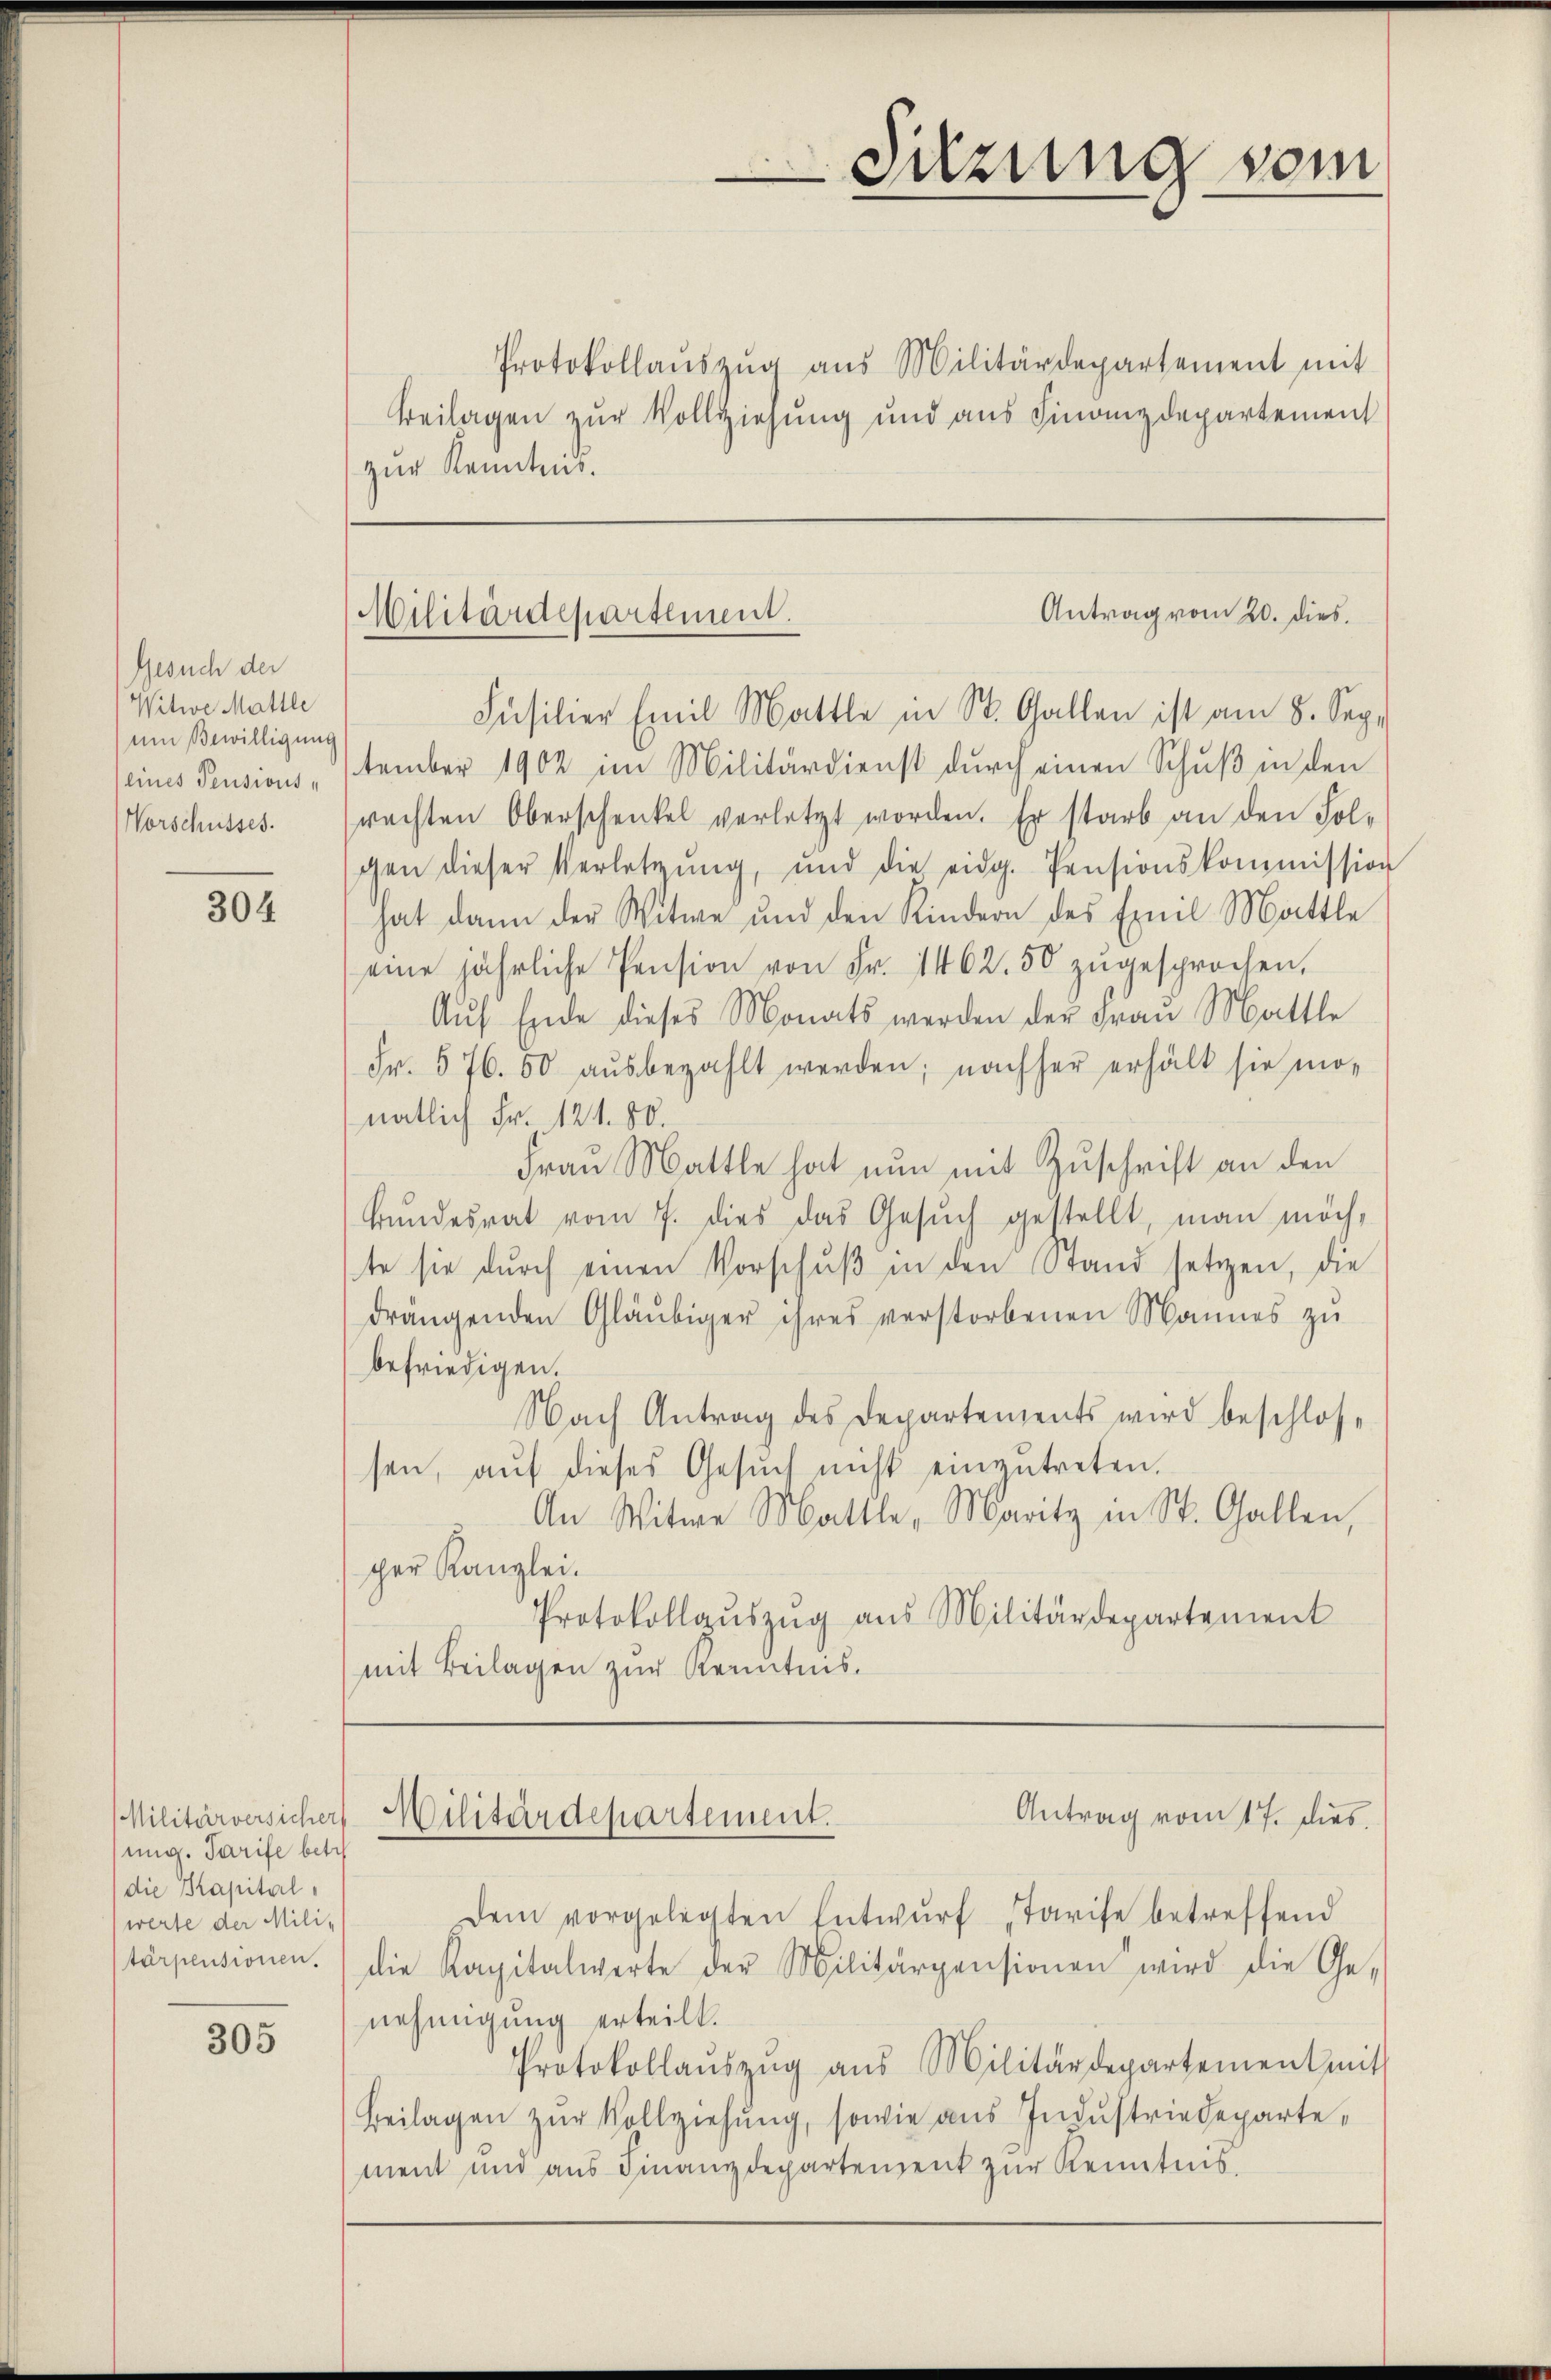
Gesuch der
Witwe Mattle
um Bewilligung
eines Pensions¬
Vorschusses.

304

Militärversicher
ung. Tarife betis
die Kapital,
werte der Mili-
tärpensionen.

305

Antrag vom 20. dies.
Militärdepartement.

Protokollaŭszŭg aŭs Militärdepartement mit
Beilagen zur Vollziehung und aus Finanzdepartement
zur Kenntnis.

Füsilier Emil Mattle in St. Gallen ist am 8. Sep.
tember 1902 im Militärdienst durch einen Schuß in den
rachten Oberschenkel verletzt worden. Er starb an den Folgen dieser Verletzŭng, und die eidg. Pensionskommission
hat dann der Witwe und den Kindern des Emil Mattle
eine jährliche Pension von Fr. 1462. 50 zŭgesprochen,
Auf Ende dieses Monats werden der Frau Mattle
Fr. 576. 50 aŭsbezahlt werden; nachher erhält sie monatlich Fr. 121. 50.
Frau Mattle hat nun mit Zuschrift an den
Bundesrat vom 7. dies das Gesŭch gestellt, man möchte sie durch einen Vorschŭβ in den Stand setzen, die
drängenden Gläubiger ihres verstorbenen Mannes zu
befriedigen.
Nach Antrag des Departements wird beschlossen, aŭf dieses Gesŭch nicht einzŭtreten.
An Witwe Mattle, Maritz in St. Gallen,
per Kanzlei.
Protokollaŭszŭg aŭs Militärdepartement
mit Beilagen zur Kenntnis.

edzung vom

Antrag vom 17. dies
Militärdepartement.

Dem vorgelegten Entwŭrf Tarife betreffend
die Kapitalwerte der Militärpensionen wird die Ge-
nehmigung erteilt.
Protokollaŭszŭg aŭs Militärdepartement mit
Beilagen zŭr Vollziehŭng, sowie aŭs Indŭstriedeparte,
ment und aus Finanzdepartement zur Kenntnis.